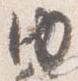
内